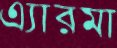
এ্যারমা